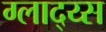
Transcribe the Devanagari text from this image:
ग्लाद्य्स